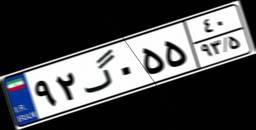
۹۲گ۰۵۵۴۰